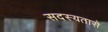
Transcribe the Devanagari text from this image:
सदस्यतासे